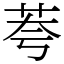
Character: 荂